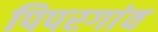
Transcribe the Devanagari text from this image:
पिपरगांव